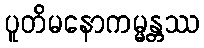
ပူတိမနောကမ္မန္တဿ